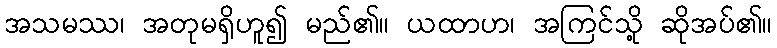
အသမဿ၊ အတုမရှိဟူ၍ မည်၏။ ယထာဟ၊ အကြင်သို့ ဆိုအပ်၏။